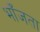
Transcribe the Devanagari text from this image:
भाँजता